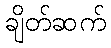
ချိတ်ဆက်